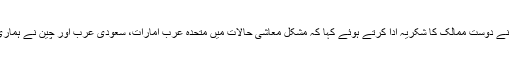
اس موقع پر انہوں نے دوست ممالک کا شکریہ ادا کرتے ہوئے کہا کہ مشکل معاشی حالات میں متحدہ عرب امارات، سعودی عرب اور چین نے ہماری بھرپور مدد کی۔